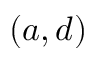
( a , d )